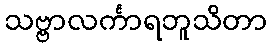
သဗ္ဗာလင်္ကာရဘူသိတာ